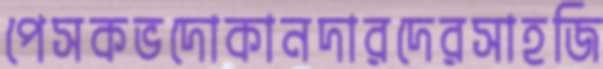
পেসকভদোকানদারদেরসাহজি